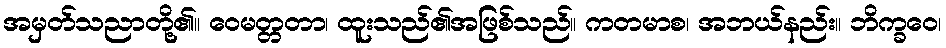
အမှတ်သညာတို့၏။ ဝေမတ္တတာ၊ ထူးသည်၏အဖြစ်သည်။ ကတမာစ၊ အဘယ်နည်း။ ဘိက္ခဝေ၊